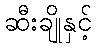
ဆီးချိုနှင့်